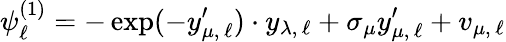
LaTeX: \psi_{\ell}^{(1)}=-\exp(-y_{\mu,\, \ell}^{\prime})\cdot y_{\lambda,\, \ell}+\sigma_{\mu}y_{\mu,\, \ell}^{\prime}+v_{\mu,\, \ell}